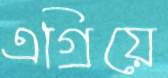
এগ্রিয়ে